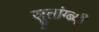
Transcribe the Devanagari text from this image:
सूतांग्ब्यी